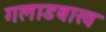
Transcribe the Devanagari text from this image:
गलाडबाख